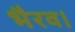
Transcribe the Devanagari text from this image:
भैरव।